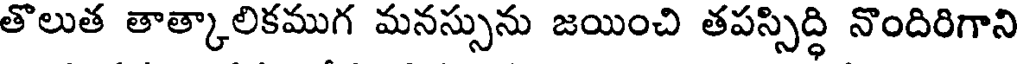
తొలుత తాత్కాలికముగ మనస్సును జయించి తపస్సిద్ధి నొందిరిగాని